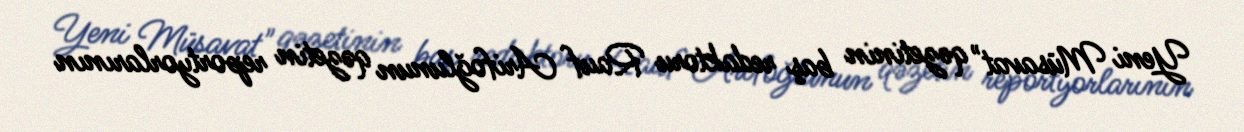
Yeni Müsavat" qəzetinin baş redaktoru Rauf Arifoğlunun qəzetin reportyorlarının